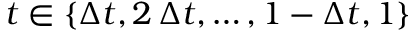
t \in \{ \Delta t , 2 \, \Delta t , \ldots , 1 - \Delta t , 1 \}